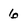
Character: 6